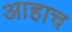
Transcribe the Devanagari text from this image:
आहाच